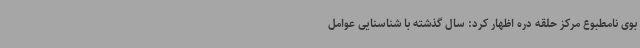
بوی نامطبوع مرکز حلقه دره اظهار کرد: سال گذشته با شناسنایی عوامل